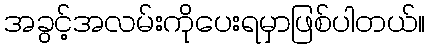
အခွင့်အလမ်းကိုပေးရမှာဖြစ်ပါတယ်။